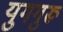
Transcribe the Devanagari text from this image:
युगगुरू